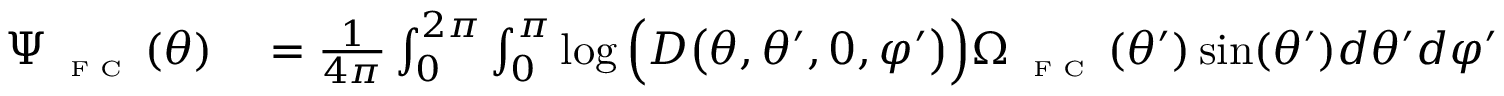
\begin{array} { r l } { \Psi _ { \textnormal { \tiny { F C } } } ( \theta ) } & { { } = \frac { 1 } { 4 \pi } \int _ { 0 } ^ { 2 \pi } \int _ { 0 } ^ { \pi } \log \Big ( D \big ( \theta , \theta ^ { \prime } , 0 , \varphi ^ { \prime } \big ) \Big ) \Omega _ { \textnormal { \tiny { F C } } } ( \theta ^ { \prime } ) \sin ( \theta ^ { \prime } ) d \theta ^ { \prime } d \varphi ^ { \prime } } \end{array}